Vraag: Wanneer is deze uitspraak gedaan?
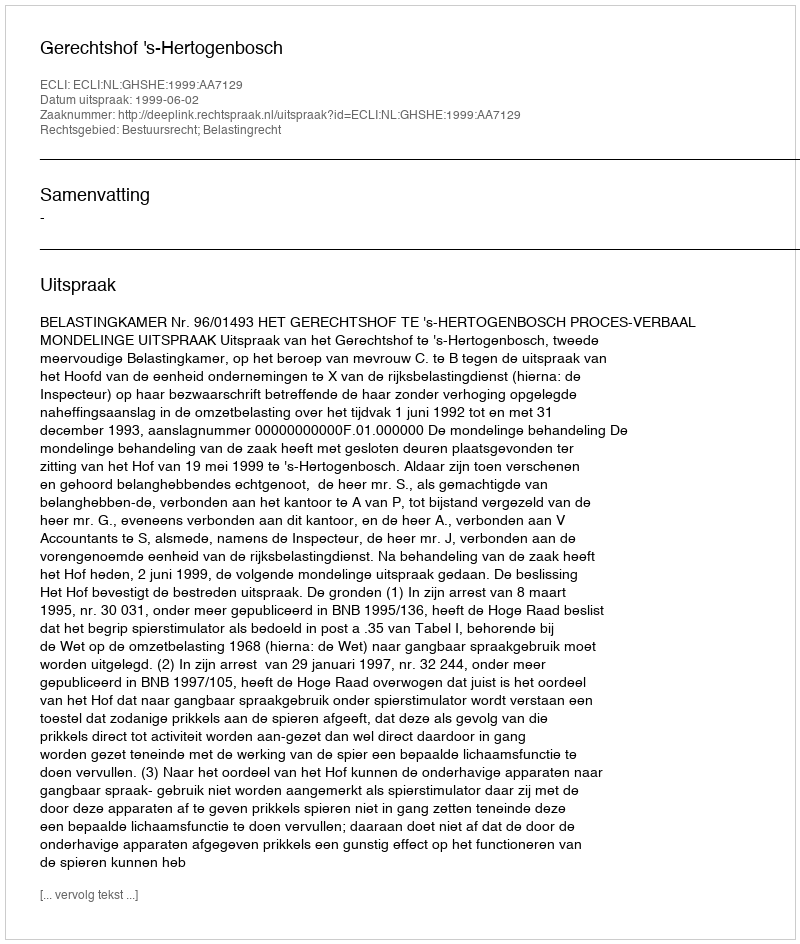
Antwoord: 1999-06-02